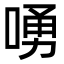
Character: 㗈